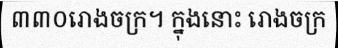
៣៣០រោងចក្រ។ ក្នុងនោះ រោងចក្រ